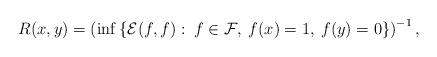
LaTeX: \begin{align*}R(x,y)=\left(\inf\left\{\mathcal{E}(f,f):\:f\in \mathcal{F},\: f(x)=1,\: f(y)=0\right\}\right)^{-1},\end{align*}